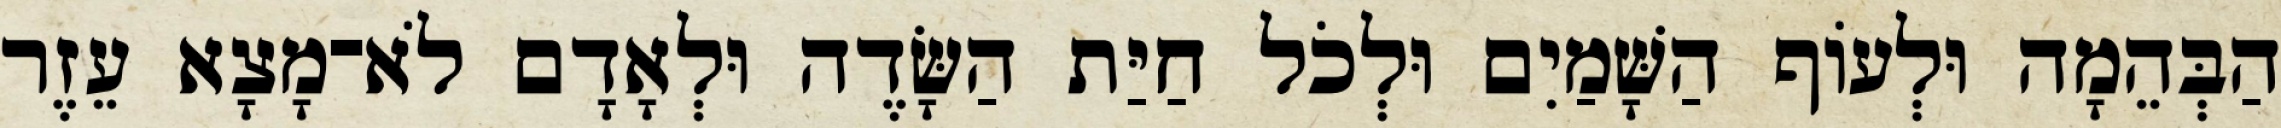
הַבְּהֵמָה וּלְעֹוף הַשָּׁמַיִם וּלְכֹל חַיַּת הַשָּׂדֶה וּלְאָדָם לֹא־מָצָא עֵזֶר